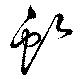
虬